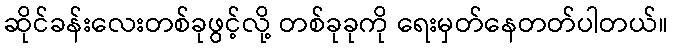
ဆိုင်ခန်းလေးတစ်ခုဖွင့်လို့ တစ်ခုခုကို ရေးမှတ်နေတတ်ပါတယ်။